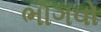
ભોગવો